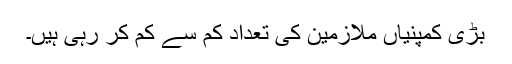
بڑی کمپنیاں ملازمین کی تعداد کم سے کم کر رہی ہیں۔